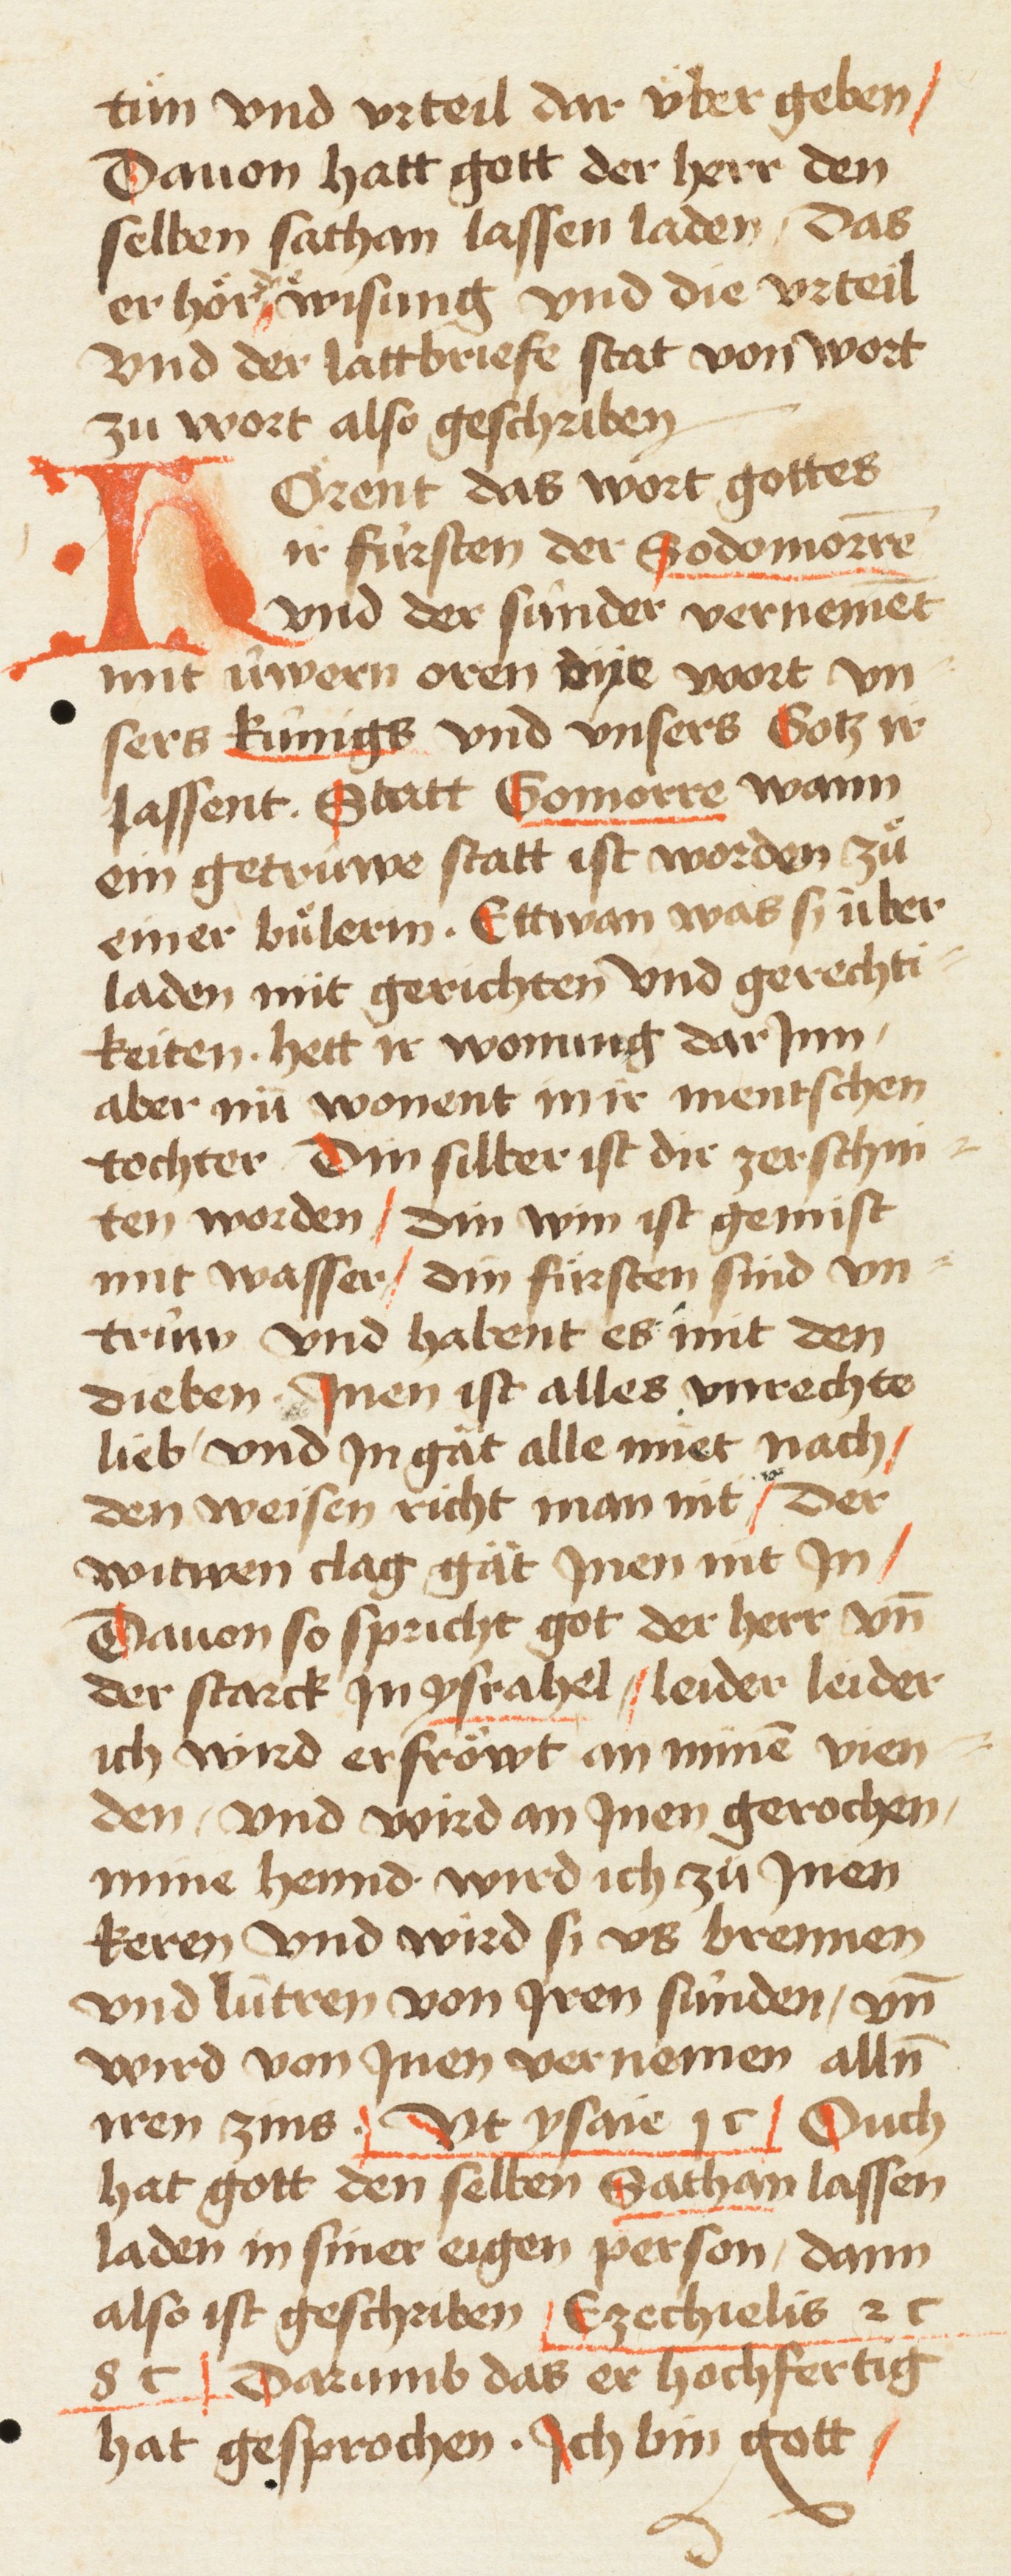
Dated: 1461–1461